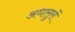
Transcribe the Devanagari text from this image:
अधासुरों